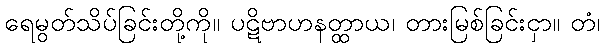
ရေမွတ်သိပ်ခြင်းတို့ကို။ ပဋိဗာဟနတ္ထာယ၊ တားမြစ်ခြင်းငှာ။ တံ၊